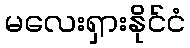
မလေးရှားနိုင်ငံ